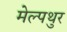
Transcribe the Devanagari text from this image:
मेल्पथुर